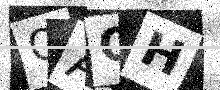
Text: OAQH